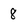
Character: 8